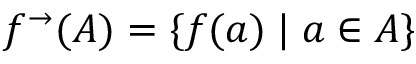
f ^ { \rightarrow } ( A ) = \{ f ( a ) \; | \; a \in A \}